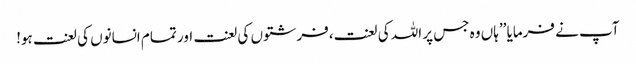
آپ نے فرمایا ’’ہاں وہ جس پر اللہ کی لعنت،فرشتوں کی لعنت اور تمام انسانوں کی لعنت ہو!